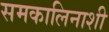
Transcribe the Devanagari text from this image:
समकालिनाशी